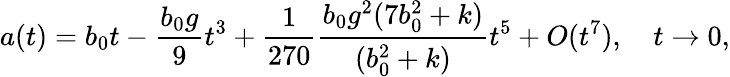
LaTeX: a(t)=b_{0}t-\frac{b_{0}g}{9}t^{3}+\frac{1}{270}\frac{b_{0}g^{2}(7b_{0}^{2}+k)}{(b_{0}^{2}+k)}t^{5}+O(t^{7}),\quad t\to 0,